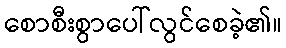
စောစီးစွာပေါ်လွင်စေခဲ့၏။